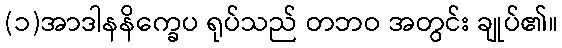
(၁)အာဒါနနိက္ခေပ ရုပ်သည် တဘဝ အတွင်း ချုပ်၏။